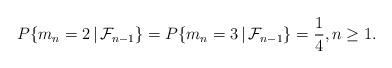
LaTeX: \begin{align*}P\{m_n = 2 \, | \, \mathcal{F}_{n-1}\} = P\{m_n = 3 \, | \, \mathcal{F}_{n-1}\} = \frac{1}{4},n \geq 1.\end{align*}